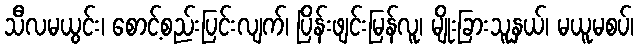
သီလမယွင်း၊ စောင့်စည်းပြင်းလျက်၊ ပြိန်းဖျင်းမြန်လူ၊ မျိုးခြားသူနှယ်၊ မယူမစပ်၊